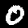
Digit: 0